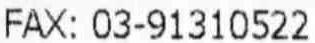
FAX: 03-91310522